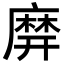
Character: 𪎙